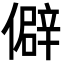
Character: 僻